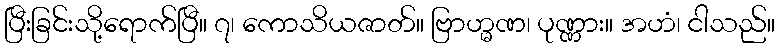
ပြီးခြင်းသို့ရောက်ပြီ။ ၇၊ ကောသိယဇာတ်။ ဗြာဟ္မဏ၊ ပုဏ္ဏား။ အဟံ၊ ငါသည်။